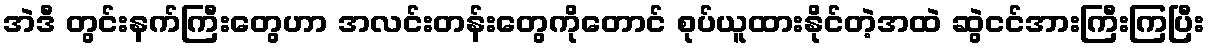
အဲဒီ တွင်းနက်ကြီးတွေဟာ အလင်းတန်းတွေကိုတောင် စုပ်ယူထားနိုင်တဲ့အထဲ ဆွဲငင်အားကြီးကြပြီး